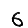
Digit: 6